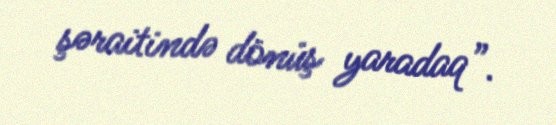
şəraitində dönüş yaradaq”.